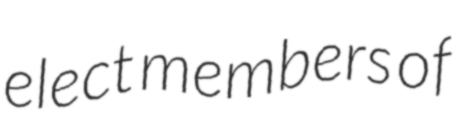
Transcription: elect members of